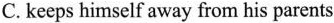
C.keeps himself away from his parents